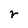
Character: r